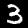
Label: 3